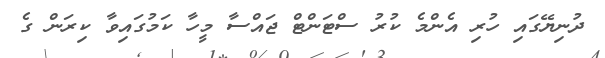
ދުނިޔޭގައި ހުރި އެންމެ ކުރު ސްޓަންޓް ޖައްސާ މީހާ ކަމުގައިވާ ކިރަން ގެ